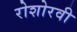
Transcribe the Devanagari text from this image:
रोशोरवी